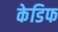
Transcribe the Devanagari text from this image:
केडिफ